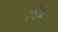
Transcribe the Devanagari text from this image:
स्वेक